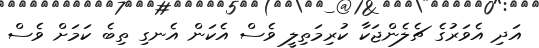
އަދި އެވަރުގެ ޗެލެންޖަކާ ކުރިމަތިލީ ވެސް އެކަން އެނގި ތިބެ ކަމަށް ވެސް